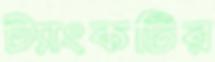
ট্যাংকটির